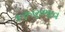
કરૂણભાવ